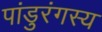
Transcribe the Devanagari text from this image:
पांडुरंगस्य